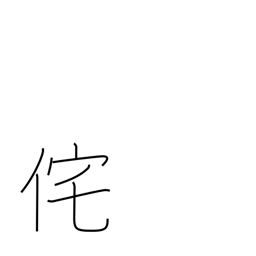
Meaning: lonely